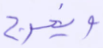
ويخرج